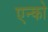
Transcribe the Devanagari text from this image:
एन्को